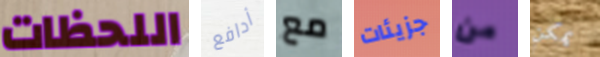
اللحظات أدافع مع جزيئات من يمكن